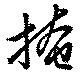
掩